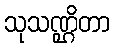
သုသဏ္ဌိတာ